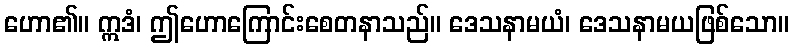
ဟော၏။ ဣဒံ၊ ဤဟောကြောင်းစေတနာသည်။ ဒေသနာမယံ၊ ဒေသနာမယဖြစ်သော။